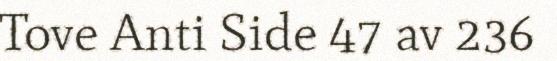
Tove Anti Side 47 av 236